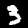
Digit: 3